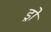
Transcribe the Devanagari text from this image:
ड्रो